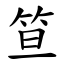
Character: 笪